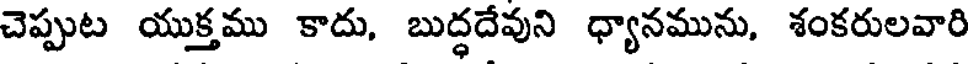
చెప్పుట యుక్తము కాదు, బుద్ధదేవుని ధ్యానమును, శంకరులవారి